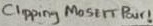
Text: Clipping MOSFET Pair!